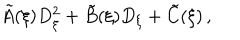
\tilde { A } ( \xi ) D _ { \xi } ^ { 2 } + \tilde { B } ( \xi ) D _ { \xi } + \tilde { C } ( \xi ) \, ,